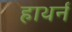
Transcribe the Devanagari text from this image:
हाथर्न